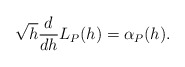
\begin{align*} \begin{aligned}\sqrt{h}\frac{d}{dh}L_P(h)=\alpha_P(h). \end{aligned} \end{align*}